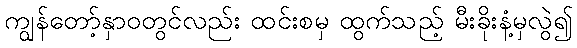
ကျွန်တော့်နှာဝတွင်လည်း ထင်းစမှ ထွက်သည့် မီးခိုးနံ့မှလွဲ၍